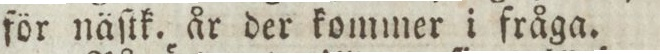
för näſtk. år der kommer i fråga.